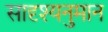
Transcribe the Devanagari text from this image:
सादृश्यनुमान